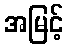
အမြင့်